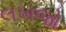
લખજો